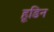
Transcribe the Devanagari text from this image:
हूडिन